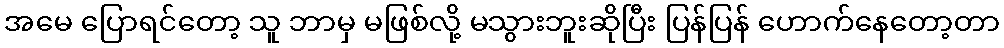
အမေ ပြောရင်တော့ သူ ဘာမှ မဖြစ်လို့ မသွားဘူးဆိုပြီး ပြန်ပြန် ဟောက်နေတော့တာ